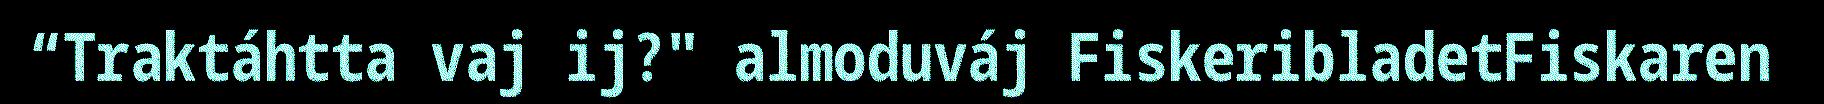
“Traktáhtta vaj ij?" almoduváj FiskeribladetFiskaren